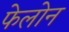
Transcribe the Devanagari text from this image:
फेलोन